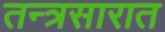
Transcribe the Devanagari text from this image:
तन्त्रसारात